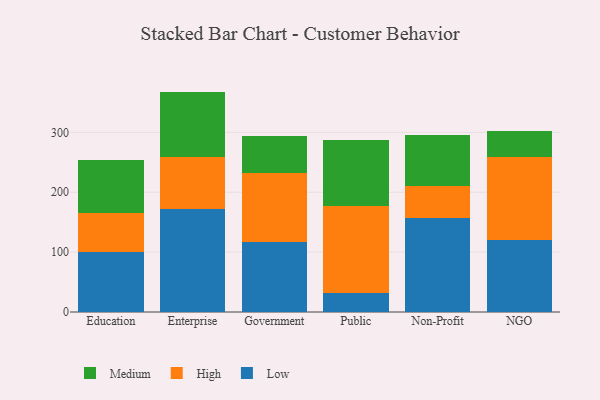
{"axis": {"x": "Segment", "y": "Production Output"}, "legend": ["High", "Low", "Medium"], "data": [{"x": "Education", "y": 100.2, "type": "Low"}, {"x": "Education", "y": 64.4, "type": "High"}, {"x": "Education", "y": 89.0, "type": "Medium"}, {"x": "Enterprise", "y": 172.1, "type": "Low"}, {"x": "Enterprise", "y": 86.2, "type": "High"}, {"x": "Enterprise", "y": 109.8, "type": "Medium"}, {"x": "Government", "y": 116.4, "type": "Low"}, {"x": "Government", "y": 115.6, "type": "High"}, {"x": "Government", "y": 62.1, "type": "Medium"}, {"x": "Public", "y": 31.7, "type": "Low"}, {"x": "Public", "y": 145.7, "type": "High"}, {"x": "Public", "y": 109.3, "type": "Medium"}, {"x": "Non-Profit", "y": 156.7, "type": "Low"}, {"x": "Non-Profit", "y": 54.3, "type": "High"}, {"x": "Non-Profit", "y": 85.3, "type": "Medium"}, {"x": "NGO", "y": 119.9, "type": "Low"}, {"x": "NGO", "y": 139.1, "type": "High"}, {"x": "NGO", "y": 42.9, "type": "Medium"}]}